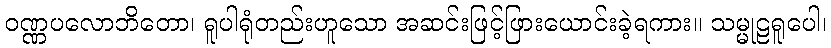
ဝဏ္ဏပလောဘိတော၊ ရူပါရုံတည်းဟူသော အဆင်းဖြင့်ဖြားယောင်းခဲ့ရကား။ သမ္မုဠရူပေါ၊